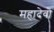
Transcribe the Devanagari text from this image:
महादेवो